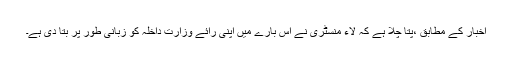
اخبار کے مطابق ،پتا چلا ہے کہ لاء منسٹری نے اس بارے میں اپنی رائے وزارت داخلہ کو زبانی طور پر بتا دی ہے۔